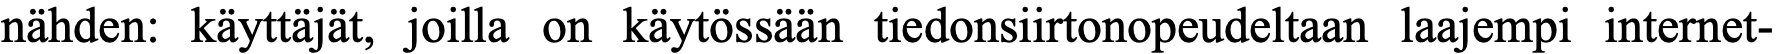
nähden: käyttäjät, joilla on käytössään tiedonsiirtonopeudeltaan laajempi internet-